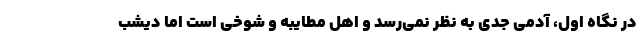
در نگاه اول، آدمی جدی به نظر نمی‌رسد و اهل مطایبه و شوخی است اما دیشب